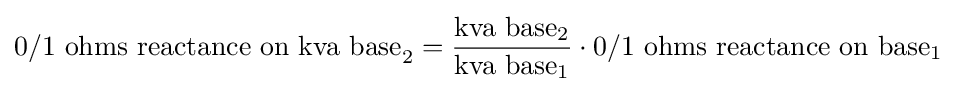
{\text{0/1 ohms reactance on kva base}}_{2}={\frac {{\text{kva base}}_{2}}{{\text{kva base}}_{1}}}\cdot 0/1{\text{ ohms reactance on base}}_{1}